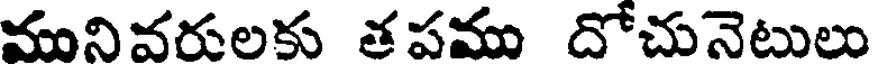
మునివరులకు తపము దోచునెటులు